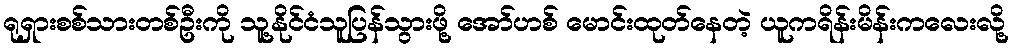
ရုရှားစစ်သားတစ်ဦးကို သူ့နိုင်ငံသူပြန်သွားဖို့ အော်ဟစ် မောင်းထုတ်နေတဲ့ ယူကရိန်းမိန်းကလေးလို့